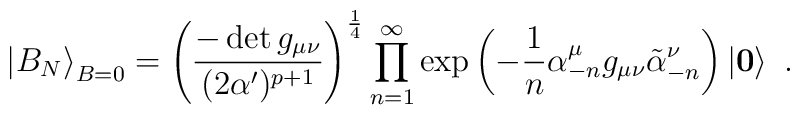
\left| B_{N} \right\rangle_{B=0}   = \left( \frac{- \det g_{\mu\nu}}{(2\alpha')^{p+1}}\right)^{\frac{1}{4}}     \prod_{n=1}^{\infty}     \exp \left(-\frac{1}{n} \alpha^{\mu}_{-n} g_{\mu\nu}                             \tilde{\alpha}^{\nu}_{-n}\right)     \left| \mathbf{0} \right\rangle~.